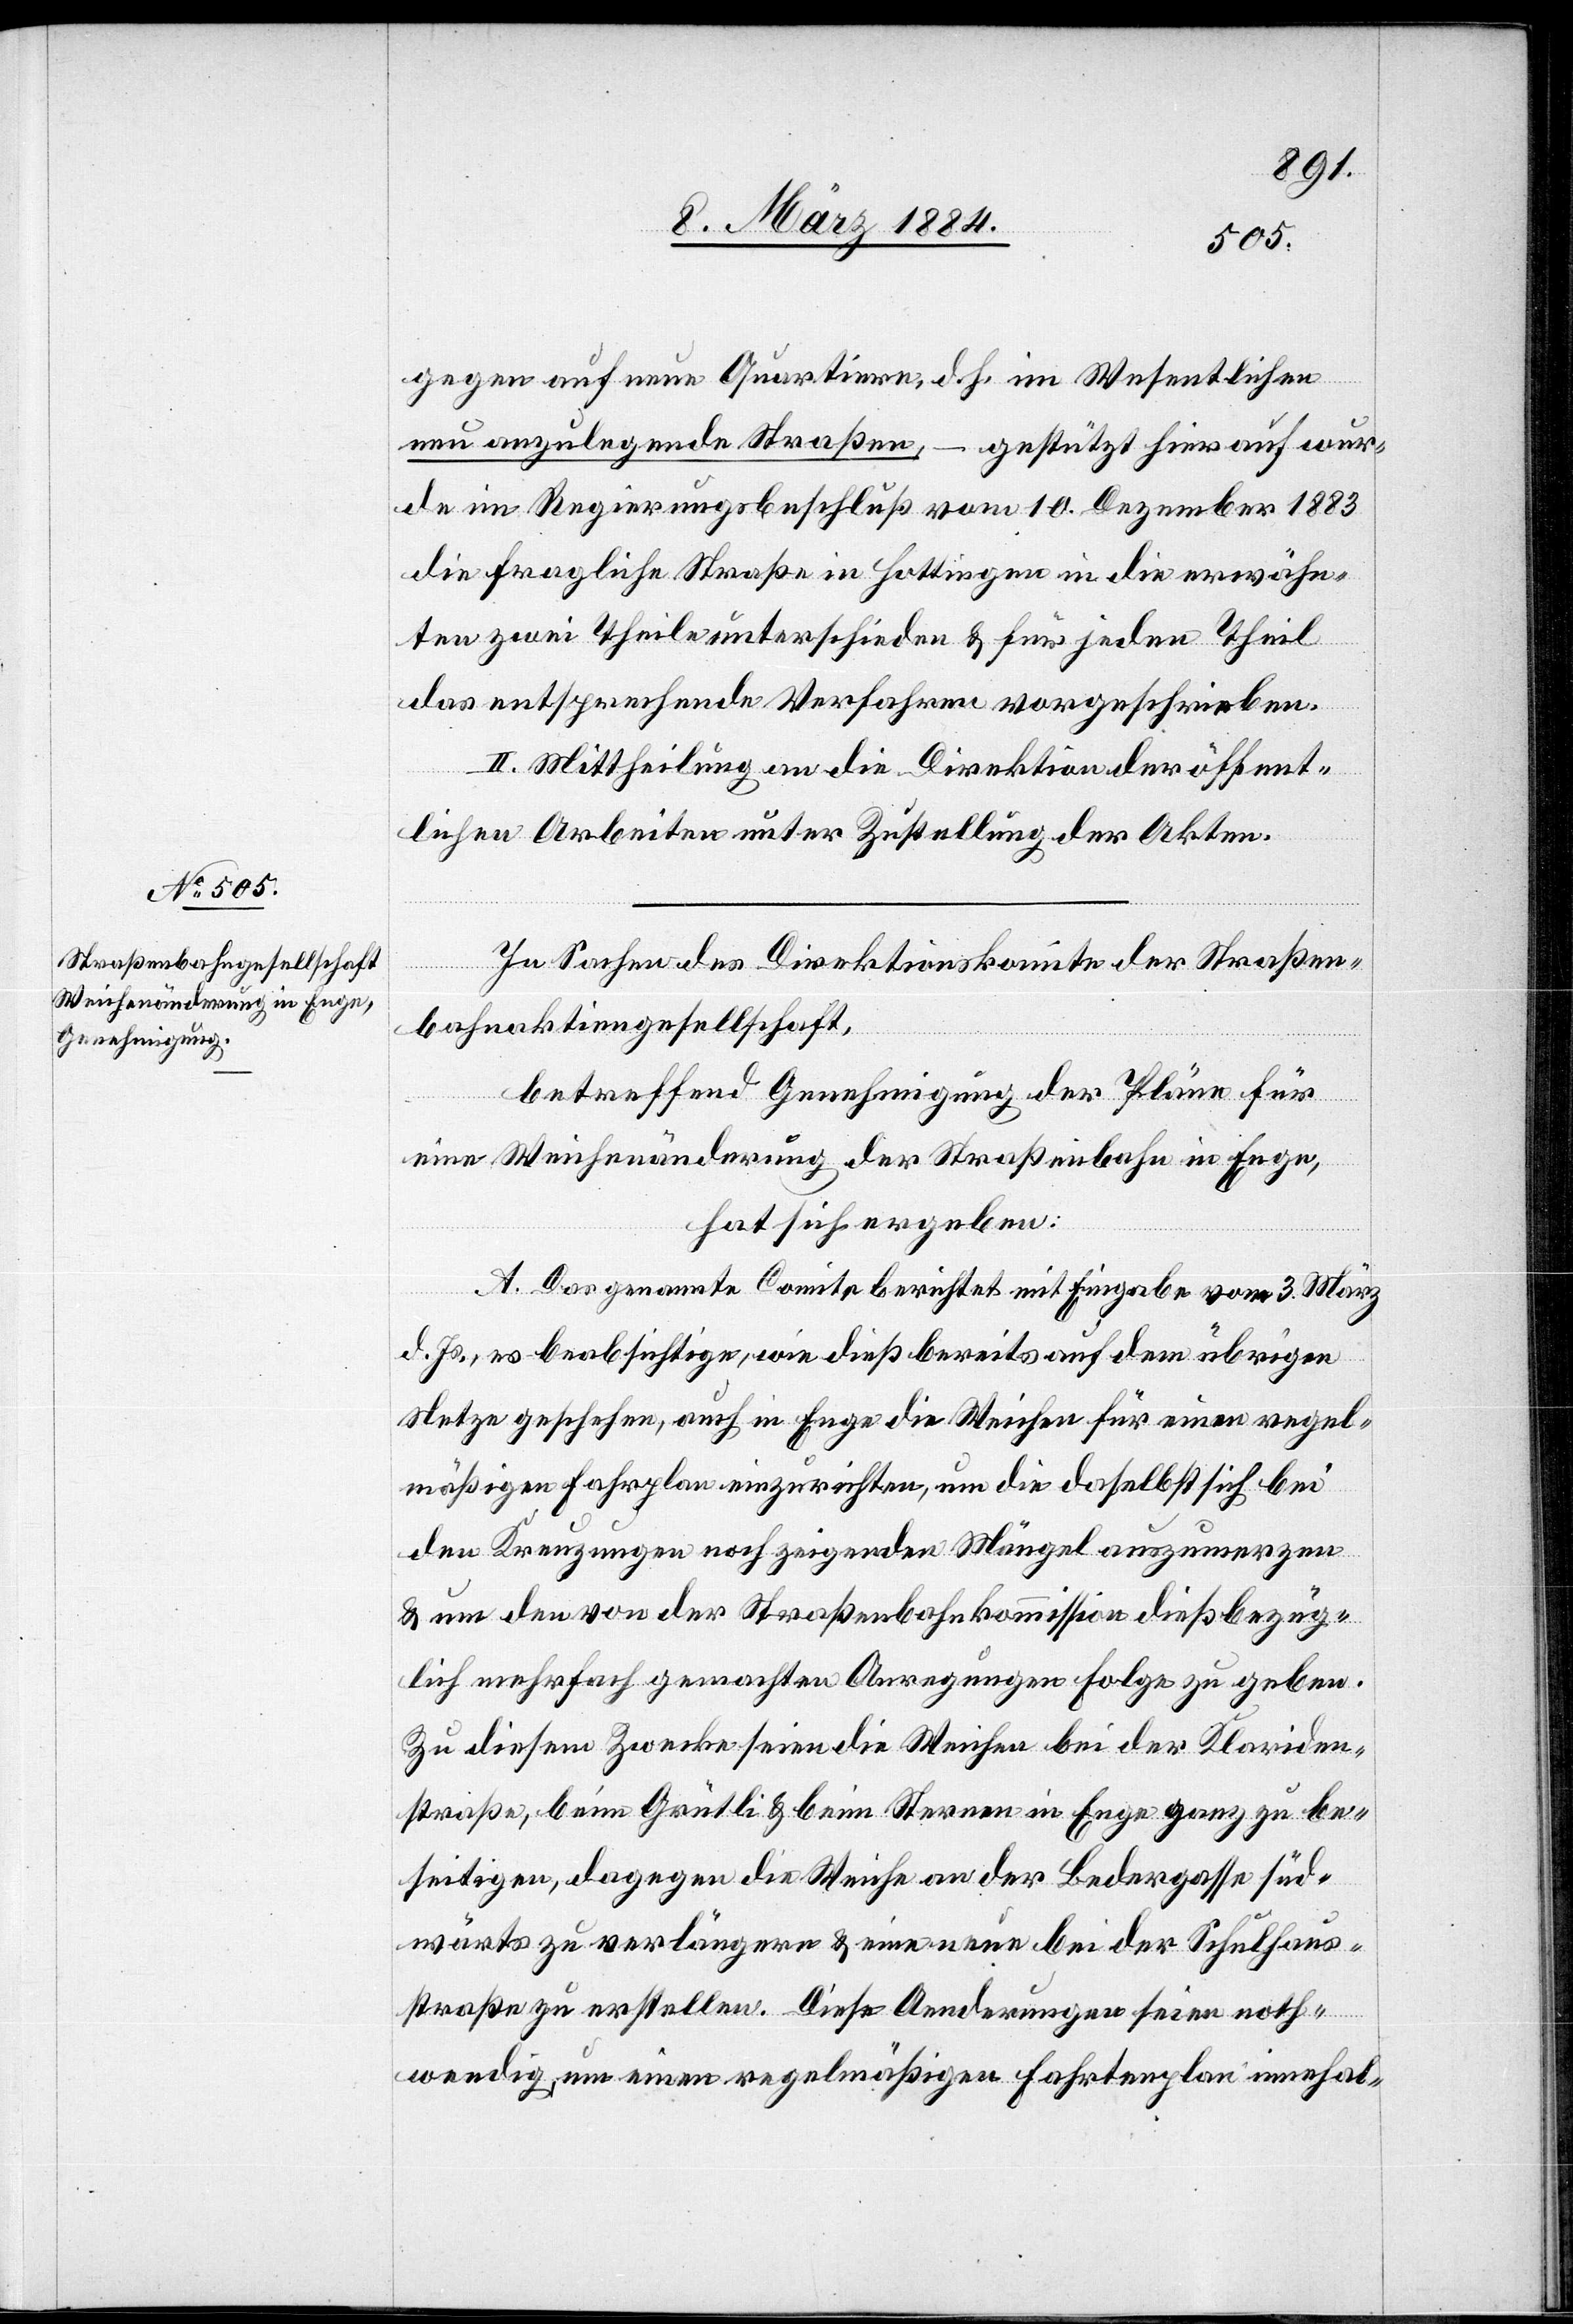
gegen auf neue Quartiere, d. h. im Wesentlichen
neu anzulegende Straßen, – gestützt hierauf wur¬
de im Regierungsbeschluß vom 10. Dezember 1883
die fragliche Straße in Hottingen in die erwähn¬
ten zwei Theile unterschieden & für jeden Theil
das entsprechende Verfahren vorgeschrieben.
II. Mittheilung an die Direktion der öffent¬
lichen Arbeiten unter Zustellung der Akten.
In Sachen des Direktionskomite der Straßen¬
bahnaktiengesellschaft,
betreffend Genehmigung der Pläne für
eine Weichenänderung der Straßenbahn in Enge,
hat sich ergeben:
A. Das genannte Comite berichtet mit Eingabe vom 3. März
d. Js., es beabsichtige, wie dieß bereits auf dem übrigen
Netze geschehen, auch in Enge die Weichen für einen regel¬
mäßigen Fahrplan einzurichten, um die daselbst sich bei
den Kreuzungen noch zeigenden Mängel auszumerzen
& um den von der Straßenbahnkommission dießbezüg¬
lich mehrfach gemachten Anregungen Folge zu geben.
Zu diesem Zwecke seien die Weichen bei der Klariden¬
straße, beim Grütli & beim Sternen in Enge ganz zu be¬
seitigen, dagegen die Weichen an der Bedergasse süd¬
wärts zu verlängern & eine neue bei der Schulhaus¬
straße zu erstellen. Diese Aenderungen seien noth¬
wendig, um einen regelmäßigen Fahrplan innehal-